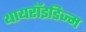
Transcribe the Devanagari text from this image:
थायरॉइडिज्म